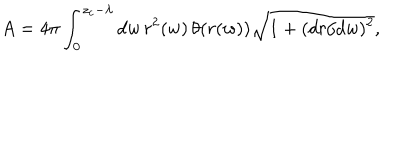
LaTeX: A = 4 \pi \int _ { 0 } ^ { z _ { c } - \lambda } d w \, r ^ { 2 } ( w ) \, \theta ( r ( w ) ) \sqrt { 1 + ( d r / d w ) ^ { 2 } } ,